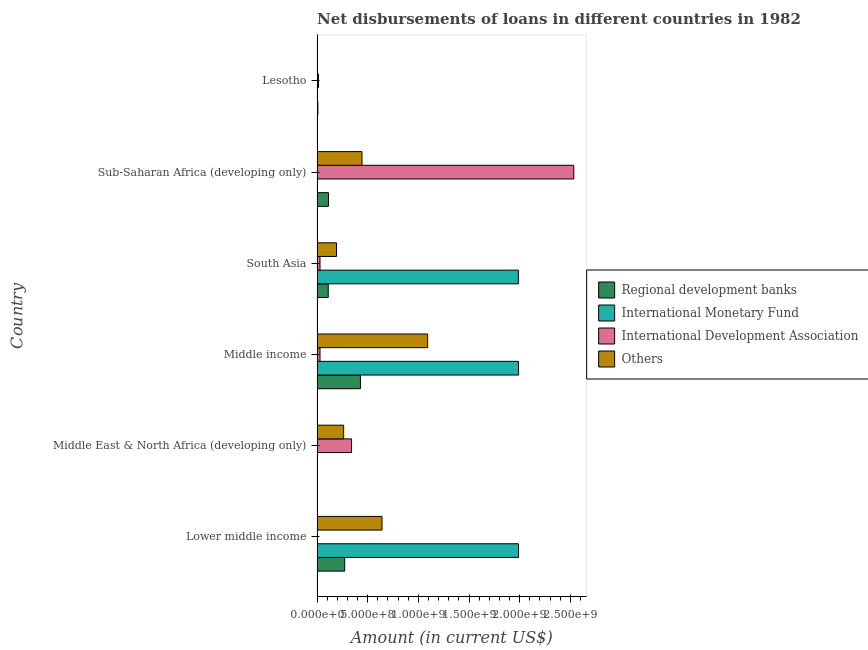
| Country | Regional development banks | International Monetary Fund | International Development Association | Others |
 | --- | --- | --- | --- | --- |
 | Lower middle income | 2.73e+08 | 1.99e+09 | -1.66e+06 | 6.41e+08 |
 | Middle East & North Africa (developing only) | 2.32e+06 | -8.31e+05 | 3.4e+08 | 2.63e+08 |
 | Middle income | 4.28e+08 | 1.99e+09 | 2.91e+07 | 1.09e+09 |
 | South Asia | 1.1e+08 | 1.99e+09 | 2.91e+07 | 1.92e+08 |
 | Sub-Saharan Africa (developing only) | 1.12e+08 | -1.54e+06 | 2.53e+09 | 4.44e+08 |
 | Lesotho | 7.96e+06 | -2.8e+05 | 1.41e+07 | 3.25e+06 |